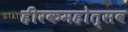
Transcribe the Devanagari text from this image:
हीरकमहोत्सव